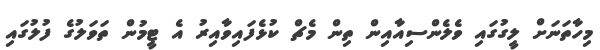
މިހާތަނަށް ލީގުގައި ވެލެންސިއާއިން ތިން މެޗް ކުޅެފައިވާއިރު އެ ޓީމުން ތަވަލުގެ ފުލުގައި